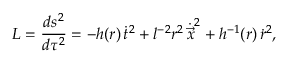
{ \cal L } = \frac { d s ^ { 2 } } { d \tau ^ { 2 } } = - h ( r ) \, \dot { t } ^ { 2 } + l ^ { - 2 } r ^ { 2 } \, \dot { \vec { x } } ^ { 2 } + h ^ { - 1 } ( r ) \, \dot { r } ^ { 2 } ,